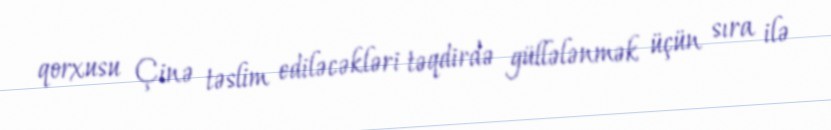
qorxusu Çinə təslim ediləcəkləri təqdirdə güllələnmək üçün sıra ilə